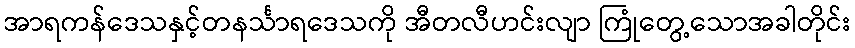
အာရကန်ဒေသနှင့်တနင်္သာရဒေသကို အီတလီဟင်းလျာ ကြုံတွေ့သောအခါတိုင်း